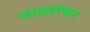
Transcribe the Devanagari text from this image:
नारुशंकर